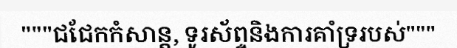
"""ជជែកកំសាន្ត, ទូរស័ព្ទនិងការគាំទ្ររបស់"""